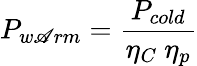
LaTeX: P_{w\mathscr{A}rm}={\frac{{P_{cold}}}{{\eta_{C}\ \eta_{p}}}}